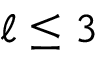
\ell \leq 3